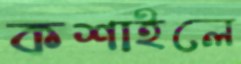
কশাইলে